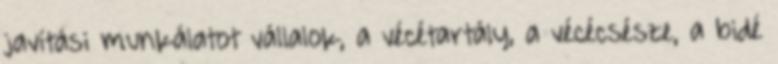
javítási munkálatot vállalok, a vécétartály, a vécécsésze, a bidé